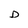
Character: D